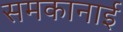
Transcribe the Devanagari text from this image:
समकानाई